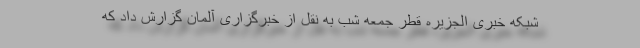
شبکه خبری الجزیره قطر جمعه شب به نقل از خبرگزاری آلمان گزارش داد که